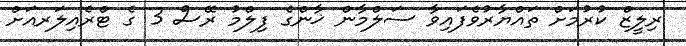
ރިލީޒް ކުރުމަށް ތައްޔާރުވެފައިވާ ސަލްމާން ޚާންގެ ފިލްމު ރޭސް 3 ގެ ޓްރެއިލަރއަށް